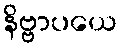
နိဗ္ဗာပယေ